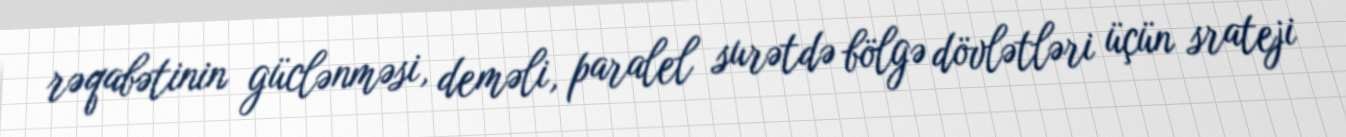
rəqabətinin güclənməsi, deməli, paralel surətdə bölgə dövlətləri üçün srateji